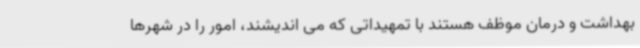
بهداشت و درمان موظف هستند با تمهیداتی که می اندیشند، امور را در شهرها